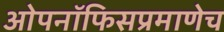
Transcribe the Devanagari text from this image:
ओपनॉफिसप्रमाणेच